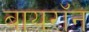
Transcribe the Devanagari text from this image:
बायराॅन